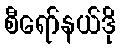
စီရော်နယ်ဒို